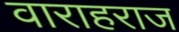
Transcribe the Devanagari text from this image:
वाराहराज